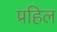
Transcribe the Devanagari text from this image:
प्रहिल